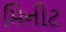
મિનીટ